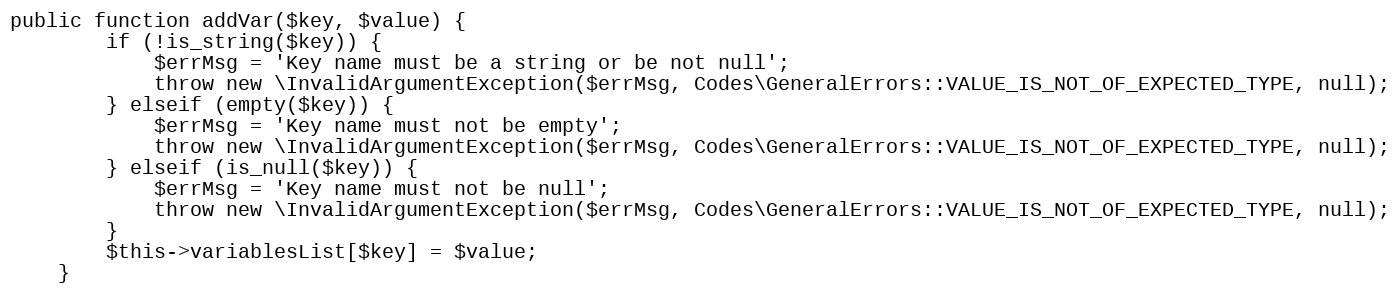
Language: PHP
public function addVar($key, $value) {
        if (!is_string($key)) {
            $errMsg = 'Key name must be a string or be not null';
            throw new \InvalidArgumentException($errMsg, Codes\GeneralErrors::VALUE_IS_NOT_OF_EXPECTED_TYPE, null);
        } elseif (empty($key)) {
            $errMsg = 'Key name must not be empty';
            throw new \InvalidArgumentException($errMsg, Codes\GeneralErrors::VALUE_IS_NOT_OF_EXPECTED_TYPE, null);
        } elseif (is_null($key)) {
            $errMsg = 'Key name must not be null';
            throw new \InvalidArgumentException($errMsg, Codes\GeneralErrors::VALUE_IS_NOT_OF_EXPECTED_TYPE, null);
        }
        $this->variablesList[$key] = $value;
    }